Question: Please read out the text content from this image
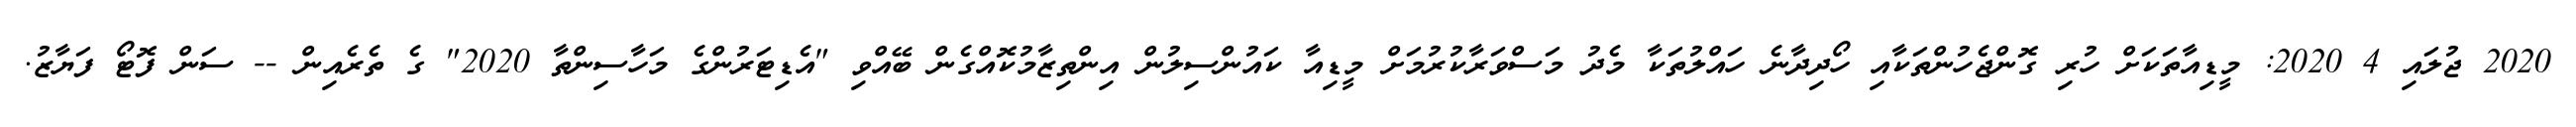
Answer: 2020 ޖުލައި 4 2020: މީޑިއާތަކަށް ހުރި ގޮންޖެހުންތަކާއި ހޯދިދާނެ ހައްލުތަކާ މެދު މަސްވަރާކުރުމަށް މީޑިއާ ކައުންސިލުން އިންތިޒާމުކޮއްގެން ބޭއްވި "އެޑިޓަރުންގެ މަހާސިންތާ 2020" ގެ ތެރެއިން -- ސަން ފޮޓޯ ފަޔާޒު.